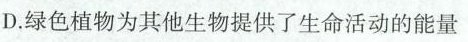
D.绿色植物为其他生物提供了生命活动的能量